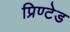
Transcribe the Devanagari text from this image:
प्रिण्टेड